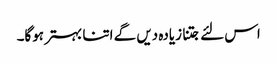
اس لئے جتنا زیادہ دیں گے اتنا بہتر ہوگا۔